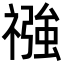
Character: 𮂏